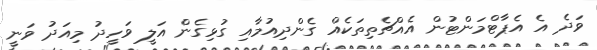
ވަދެ އެ އެޕާޓްމަންޓުން އެއްޗެތިތަކެއް ގެންދިއުމާއި ގުޅިގެން އަލީ ވަހީދު މިއަދު ވަނީ